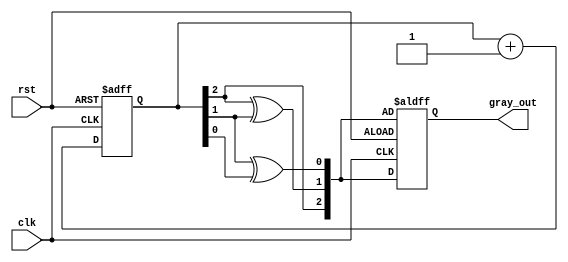
module gray_code_counter (
    input wire clk,          // Clock signal
    input wire rst,          // Asynchronous reset
    output reg [2:0] gray_out // 3-bit Gray code output
);

    reg [2:0] binary_count;  // 3-bit binary counter

    // Binary to Gray code conversion function
    function [2:0] binary_to_gray;
        input [2:0] binary;
        begin
            binary_to_gray[2] = binary[2]; // MSB remains the same
            binary_to_gray[1] = binary[2] ^ binary[1]; // XOR of MSB and next bit
            binary_to_gray[0] = binary[1] ^ binary[0]; // XOR of next two bits
        end
    endfunction

    // Always block for the counter logic
    always @(posedge clk or posedge rst) begin
        if (rst) begin
            binary_count <= 3'b000; // Initialize binary counter to 0
            gray_out <= binary_to_gray(binary_count); // Initialize Gray code output
        end else begin
            binary_count <= binary_count + 1; // Increment binary counter
            gray_out <= binary_to_gray(binary_count); // Update Gray code output
        end
    end

endmodule